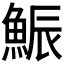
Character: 𩷩